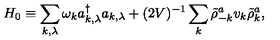
H _ { 0 } \equiv \sum _ { k , \lambda } \omega _ { k } a _ { k , \lambda } ^ { \dag } a _ { k , \lambda } + ( 2 V ) ^ { - 1 } \sum _ { k } \tilde { \rho } _ { - k } ^ { a } v _ { k } \tilde { \rho } _ { k } ^ { a } \mathrm { , }